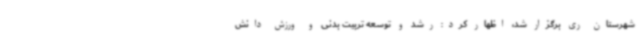
شهرستان ری برگزار شد، اظهار کرد: رشد و توسعه تربیت بدنی و ورزش دانش